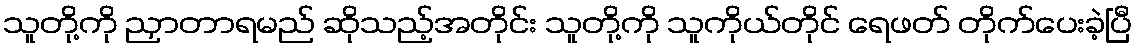
သူတို့ကို ညှာတာရမည် ဆိုသည့်အတိုင်း သူတို့ကို သူကိုယ်တိုင် ရေဖတ် တိုက်ပေးခဲ့ပြီ